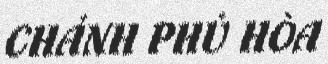
CHÁNH PHÚ HÒA